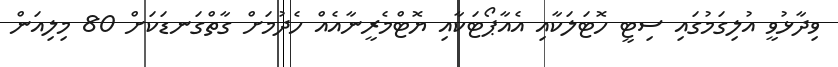
ވިދާޅުވީ އުލިގަމުގައި ސިޓީ ހޮޓަލަކާއި އެއާޕޯޓަކާއި ޔޮޓްމެރީނާއެއް ހެދުމަށް ގާތްގަނޑަކަށް 80 މިލިއަން